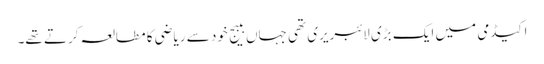
اکیڈمی میں ایک بڑی لائبریری تھی جہاں ببیج خود سے ریاضی کا مطالعہ کرتے تھے۔